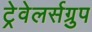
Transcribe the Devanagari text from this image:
ट्रेवेलर्सग्रुप